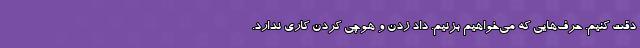
دقت کنیم. حرف‌هایی که می‌خواهیم بزنیم. داد زدن و هوچی کردن کاری ندارد.